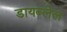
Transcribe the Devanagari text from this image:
डायब्लेल